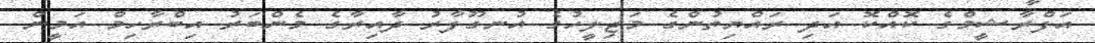
އަފްރާޝީމްގެ ކޮއްކޮ އަދި ރައްޔިތުންގެ މަޖިލީހުގެ އުނގޫފާރު ދާއިރާގެ މެންބަރު އިބްރާހިމް އަމީން